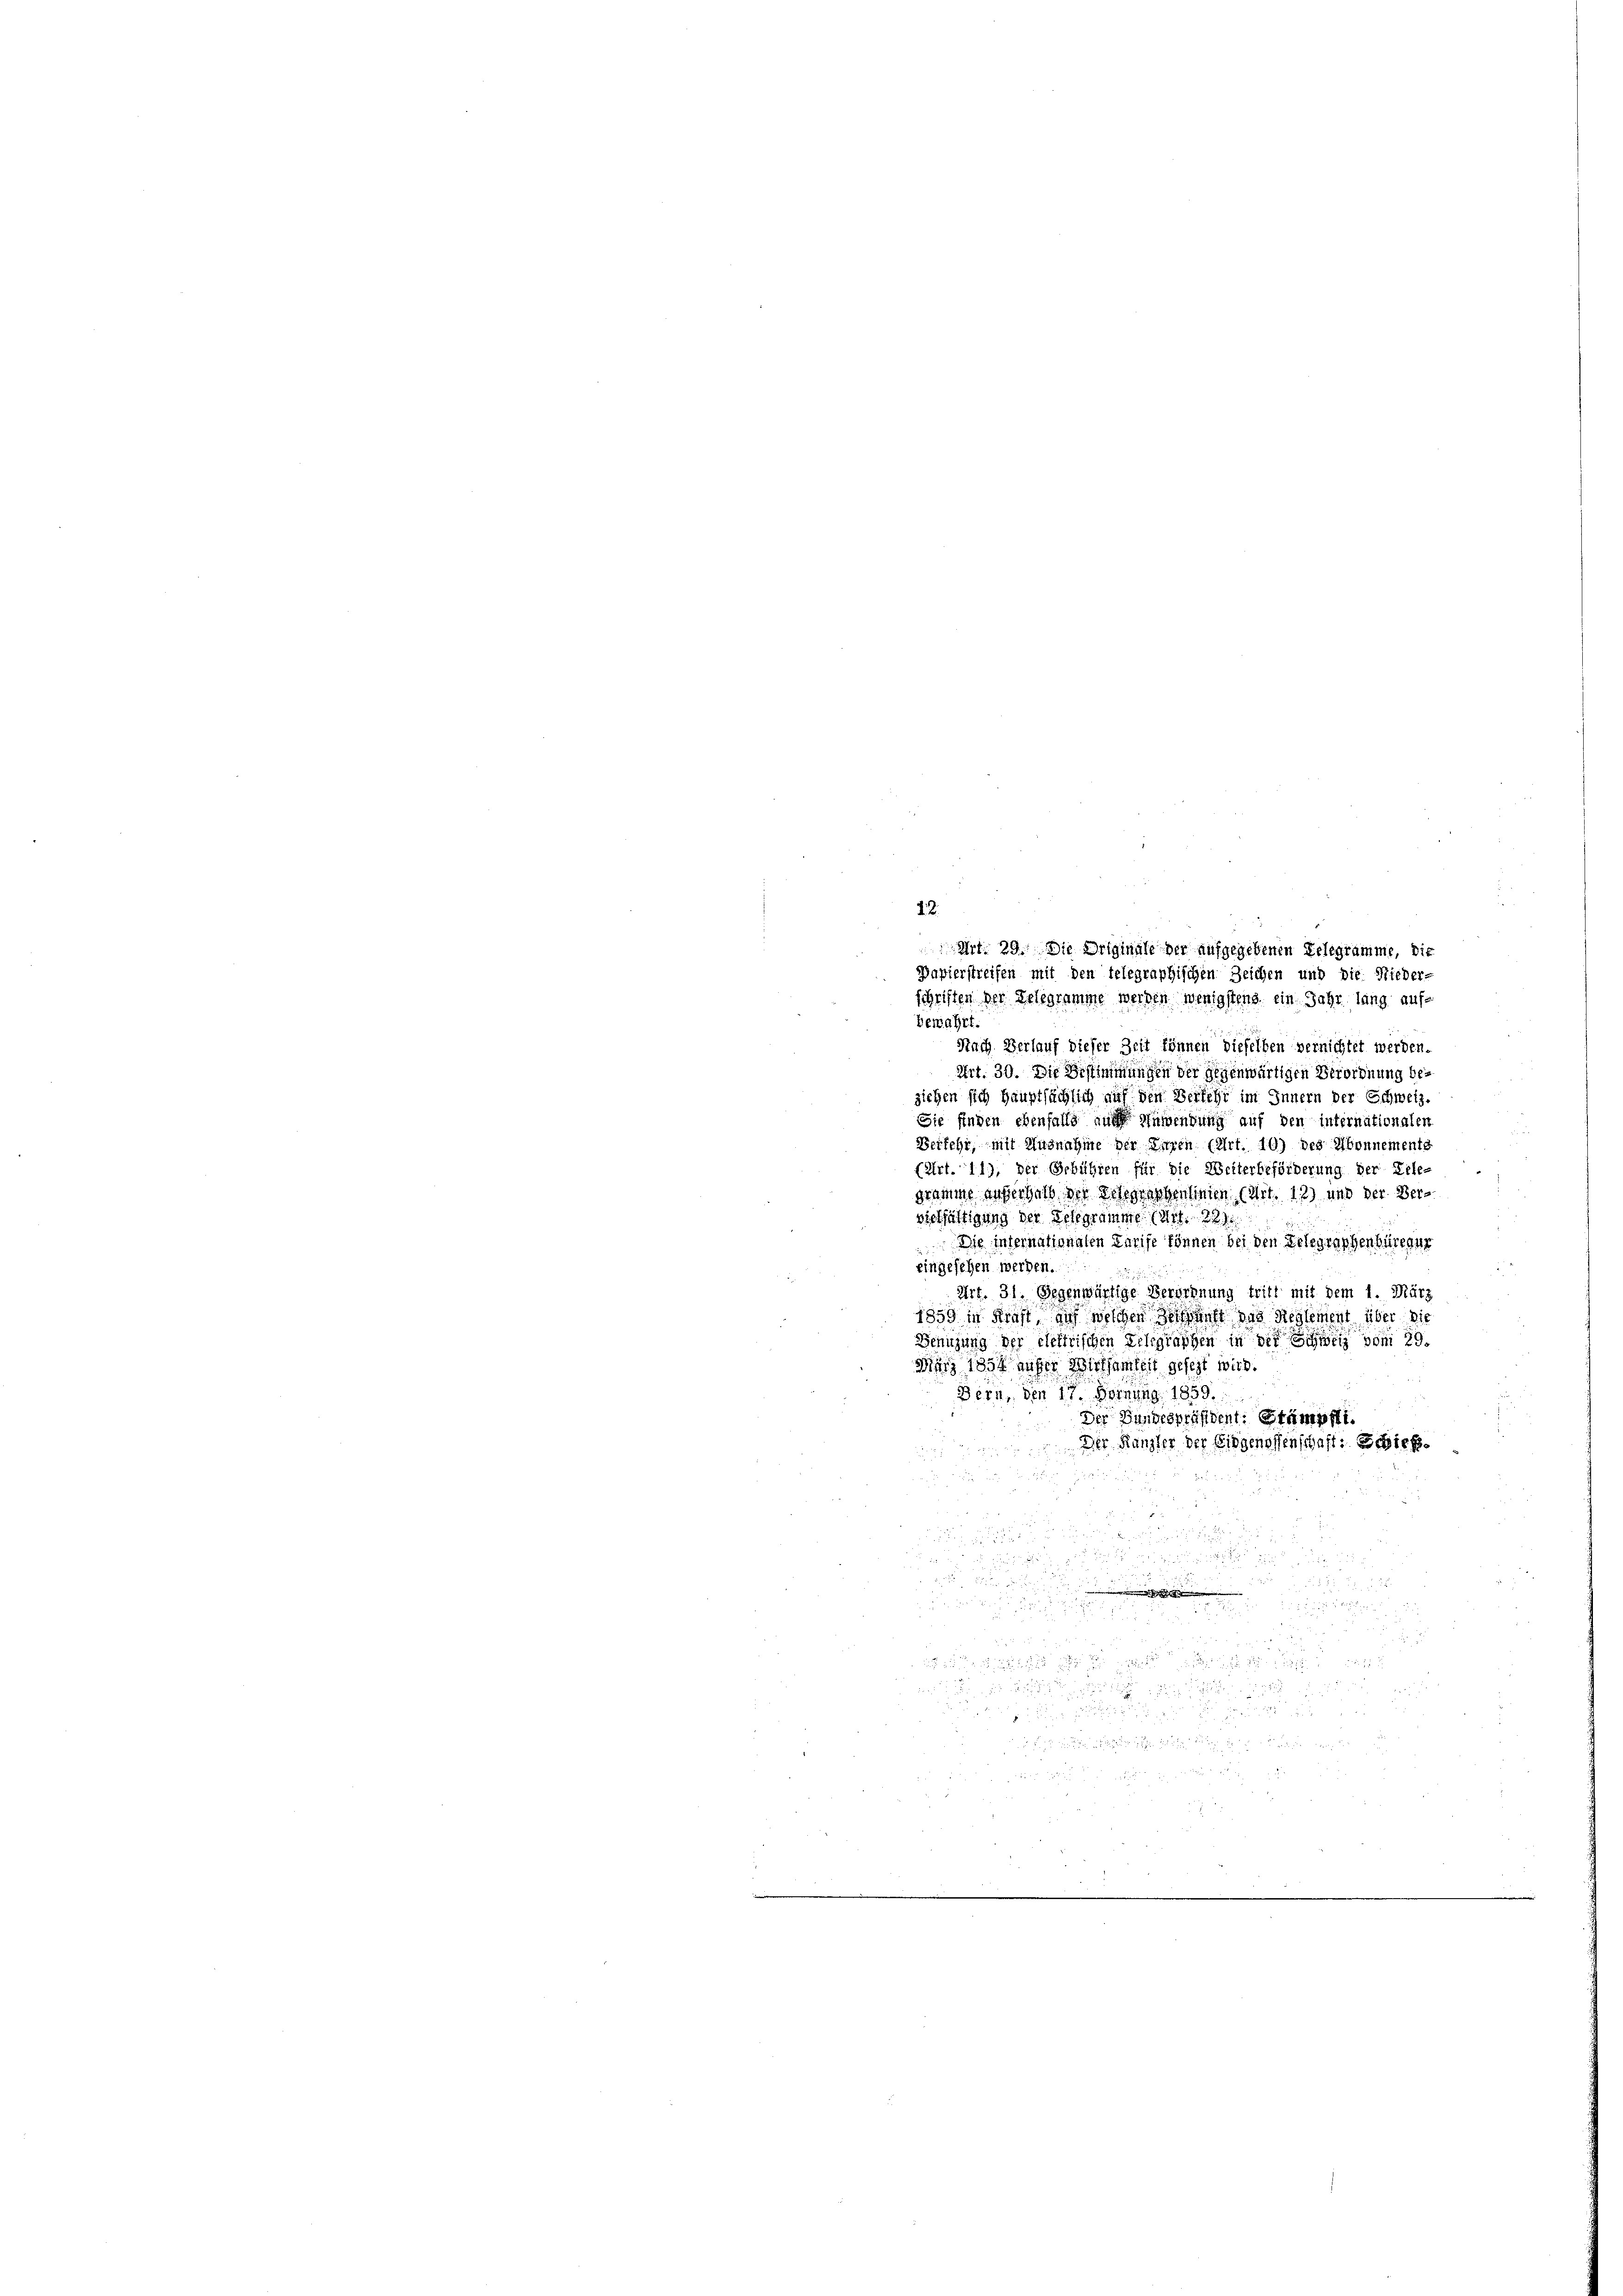
12.
Art. 29. Die Originale der aufgegebenen Gelegramme, die
Papierstreifen mit den telegraphischen Zeichen und die Nieder-
schriften der Telegramme werden wenigstens ein Jahr lang auf
bewahrt.
Nach Verlauf dieser Zeit können dieselben vernichtet werden.
Art. 30. Die Bestimmungen der gegenwärtigen Verordnung bes
ziehen sich Hauptsächlich auf den Verkehr im Innern der Schweiz.
Sie finden ebenfalls nach Anwendung auf den internationalen
Berfehr, mit Ausnahme der Ehren (Art. 10) des Abonnements
(Art. 11), der Gebühren für die Weiterbeförderung der Erlegramme außerhalb der Seegraphenlinien (Art. 12) und der Versschäftigung der Gelegramme (Art. 22
 Die internationalen Tarife können bei den Gelegraphenbüreaur
eingesehen werden.
Art. 31. Gegenwärtige Berechnung tritt mit dem 1. März
1859 in Kraft, auf welchen Herkunft das Reglement über die
Benützung der elektrischen Gelegraphen in der vom 29.
März 1854 unter Wirksamkeit gesezt wird.
Bern, den 17. Hornung, 1859.
Der Bundespräsident: Stämpft.
Der Kanzler der Eidgenossenschaft: Sieg

.

d.
 |

d

a 8 x

de

e
7
e